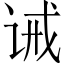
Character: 诫